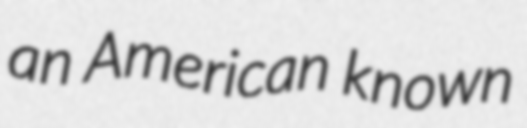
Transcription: an American known